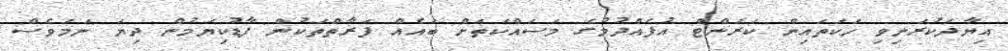
އިޔާދަކުރަނިވި ހަކަތައިން ކަރަންޓް އުފެއްދުމުގެ މަސައްކަތަށް ބައެއް ފަރާތްތަކުން ފާޑުކިޔަމުން ދިޔަ ނަމަވެސް